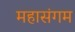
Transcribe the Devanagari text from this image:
महासंगम